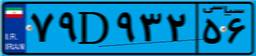
۳۲D۶۴۶۹۵